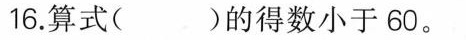
16.算式( )的得数小于60。